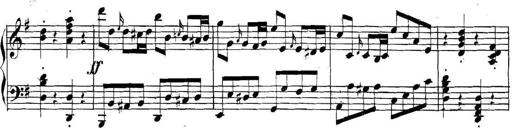
Title: Collected Piano Sonatas
Composer: Muzio Clementi